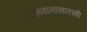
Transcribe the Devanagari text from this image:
पहेलवानासारखी